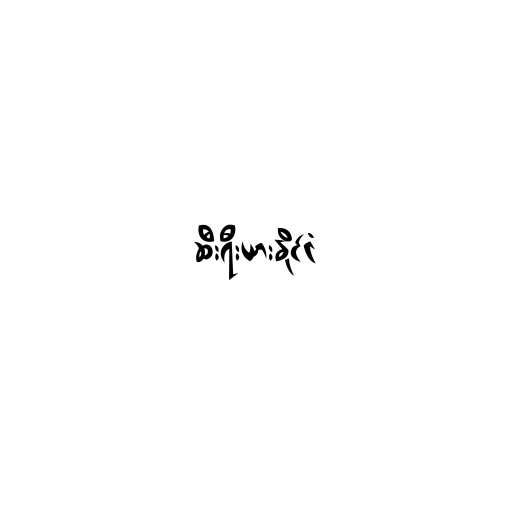
ဆီးရီးယားနိုင်ငံ